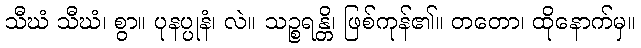
သီဃံ သီဃံ၊ စွာ။ ပုနပ္ပုနံ၊ လဲ။ သဉ္စရန္တိ၊ ဖြစ်ကုန်၏။ တတော၊ ထိုနောက်မှ။